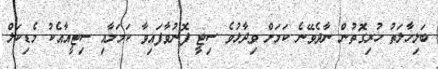
ބަލިހާލަތު ހުރިގޮތުން ނާދެވޭނެ ކަމަށް ވިދާޅުވެ ސިޓީ ފޮނުވާފައިވާ ކަމަށާއި ސިޓީއާއެކު މެޑިކަލް